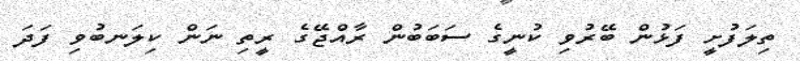
ތިލަފުށީ ފަޅުން ބޭރުވި ކުނީގެ ސަބަބުން ރާއްޖޭގެ ރީތި ނަން ކިލަނބުވި ފަދަ